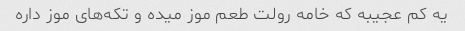
یه کم عجیبه که خامه رولت طعم موز میده و تکه‌های موز داره